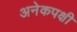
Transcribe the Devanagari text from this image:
अनेकपक्षी